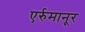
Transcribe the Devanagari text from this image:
एर्रुमानूर